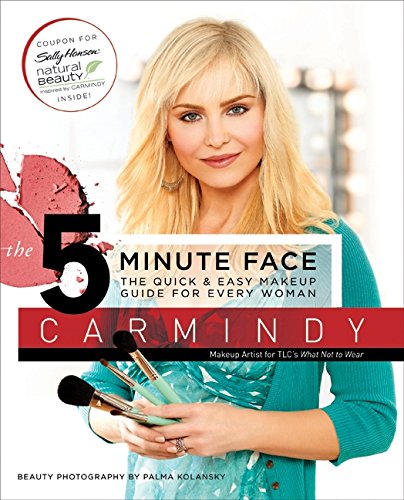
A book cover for The 5-Minute Face: The Quick & Easy Makeup Guide for Every Woman; Carmindy; Health, Fitness & Dieting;